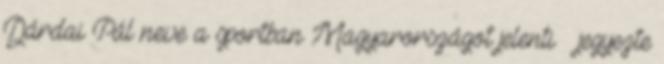
Dárdai Pál neve a sportban Magyarországot jelenti – jegyezte